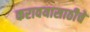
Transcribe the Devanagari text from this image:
करावयासाठीचे